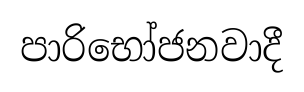
පාරිභෝජනවාදී